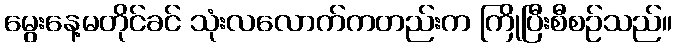
မွေးနေ့မတိုင်ခင် သုံးလလောက်ကတည်းက ကြိုပြီးစီစဉ်သည်။